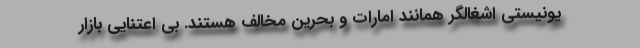
یونیستی اشغالگر همانند امارات و بحرین مخالف هستند. بی اعتنایی بازار